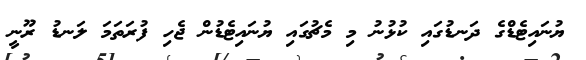
ޔުނައިޓެޑްގެ ދަނޑުގައި ކުޅުނު މި މެޗުގައި ޔުނައިޓެޑުން ޖެހި ފުރަތަމަ ލަނޑު ރޫނީ